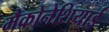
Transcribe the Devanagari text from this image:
मैक्रोनेशियाई